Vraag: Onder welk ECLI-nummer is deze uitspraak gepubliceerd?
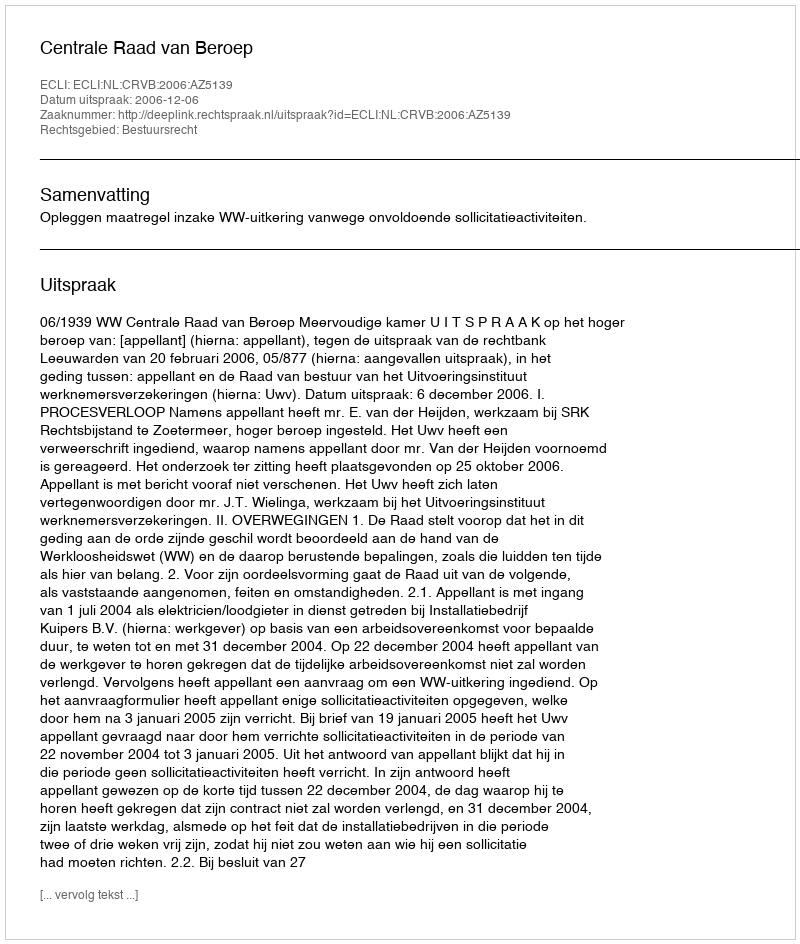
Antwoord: ECLI:NL:CRVB:2006:AZ5139